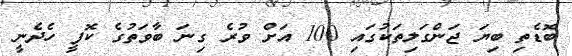
ބޮޑެތި ބިޔަ ޖަންގަލިތަކުގައި 100 އަށް ވުރެ ގިނަ ބާވަތުގެ ކޮފީ ހެދެނީ